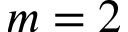
m = 2